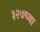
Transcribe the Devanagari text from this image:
३२७च्या